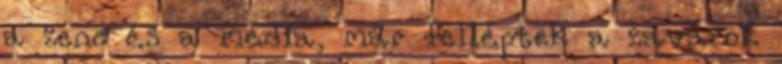
a zene és a média, már felléptek a zavarok